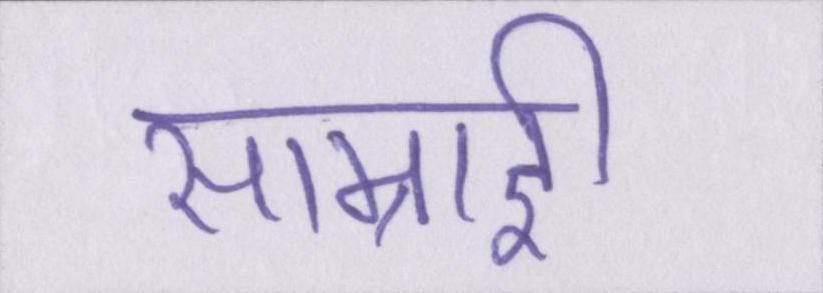
साम्राज्ञी